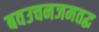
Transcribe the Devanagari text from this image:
बवउचनजमतद्ध